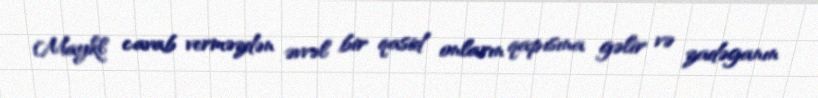
Maykl cavab verməzdən əvvəl bir qasid onların qapısına gəlir və zadəganın